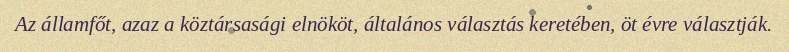
Az államfőt, azaz a köztársasági elnököt, általános választás keretében, öt évre választják.